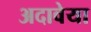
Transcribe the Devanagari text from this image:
अदावेया